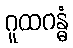
ဂူထဂန္ဓံ